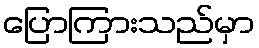
ပြောကြားသည်မှာ